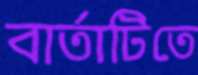
বার্তাটিতে